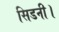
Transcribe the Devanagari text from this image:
सिडनी।